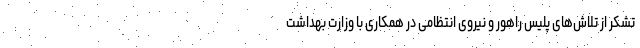
تشکر از تلاش‌های پلیس راهور و نیروی انتظامی در همکاری با وزارت بهداشت